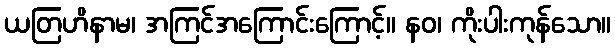
ယတြဟိနာမ၊ အကြင်အကြောင်းကြောင့်။ နဝ၊ ကိုးပါးကုန်သော။